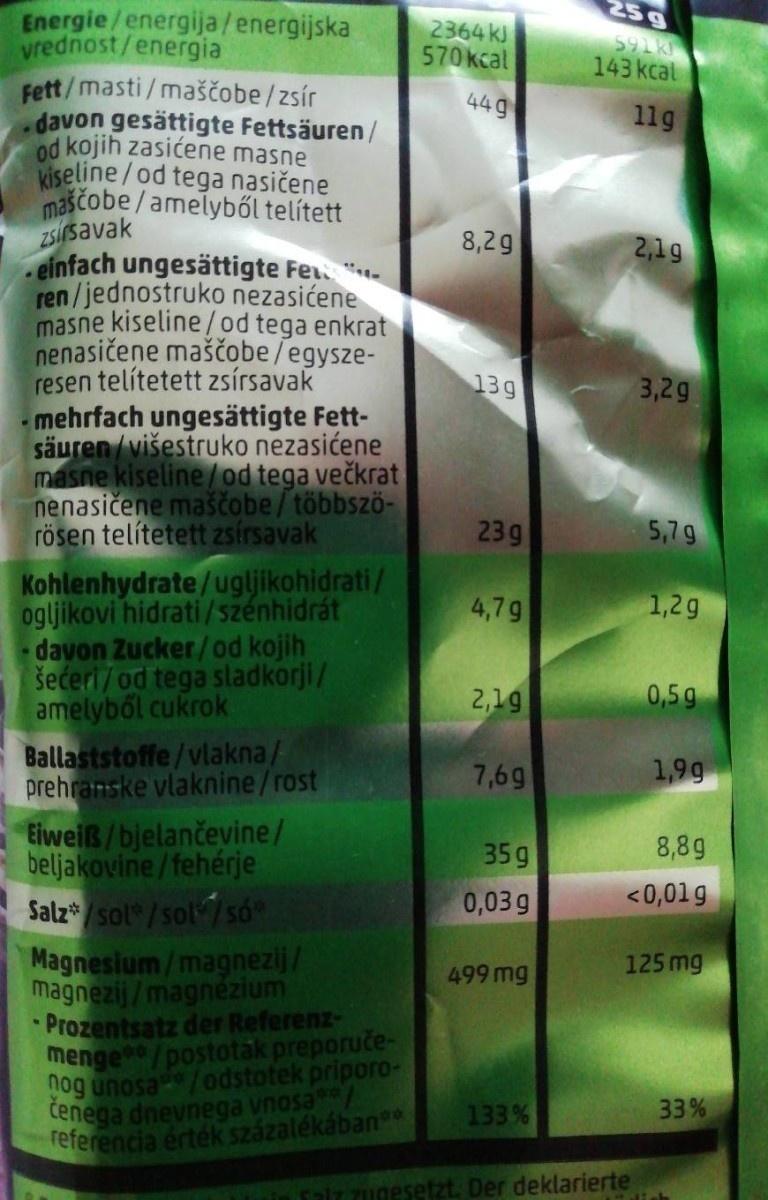
25g
Energie/energija/energijska vrednost/energia Fett/masti/maščobe/ zsír davon gesättigte Fettsäuren/ od kojih zasićene masne Kiseline/od tega nasičene masčobe /amelyből telített ZSirsavak einfach ungesättigte Fe ren/jednostruko nezasićene masne kiseline/od tega enkrat nenasičene maščobe/egysze- resen telítetett zsírsavak mehrfach ungesättigte Fett- säuren/višestruko nezasićene masne kiseline/od tega večkrat nenasičene maščobe/többszö- rösen telítetett zsírsavak
2364 kJ 570kcal
591k 143 kcal
449
11g
8,2g
2,19
139
3,2g
23g
5,79
Kohlenhydrate/ugljikohidrati/ ogljikovi hidrati/szénhidrát davon Zucker/od kojih šećeri/od tega sladkorji/ amelyből cukrok
4,7g
1,2g
2,19
0,5g
Ballaststoffe/vlakna/- prehranske vlaknine/rost
7,6g
1,99
Eiweiß/bjelančevine/ beljakovine/fehérje Salz/sol*/sol/só
35g
8,8g
0,03 g
<0,01g
Magnesium/magnezij/ magnezij/magnézium Prozentsatz der Referenz- menge/postotak preporuče- nog unosa/odstotek priporo- cenega dnevnega vnosa/ referencia érték százalékában
125 mg
499 mg
133%
33%
10
Falz zugesetzt. Der deklarierte